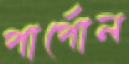
পার্পোল